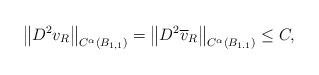
LaTeX: \begin{align*}\left\|D^{2} v_{R}\right\|_{C^{\alpha}\left(B_{1,1}\right)}=\left\|D^{2} \overline{v}_{R}\right\|_{C^{\alpha}\left(B_{1.1}\right)} \leq C,\end{align*}